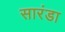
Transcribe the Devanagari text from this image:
सारंडा